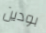
بودين